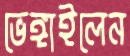
ভেঙ্গাইলেন